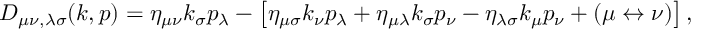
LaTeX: D _ { \mu \nu , \lambda \sigma } ( k , p ) = \eta _ { \mu \nu } k _ { \sigma } p _ { \lambda } - \left[ \eta _ { \mu \sigma } k _ { \nu } p _ { \lambda } + \eta _ { \mu \lambda } k _ { \sigma } p _ { \nu } - \eta _ { \lambda \sigma } k _ { \mu } p _ { \nu } + ( \mu \leftrightarrow \nu ) \right] ,